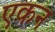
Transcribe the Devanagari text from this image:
एकन